Report of veterinary surgeon J.H. Steel, A.V.D., on his investigation into an obscure and fatal disease among transport mules in British Burma
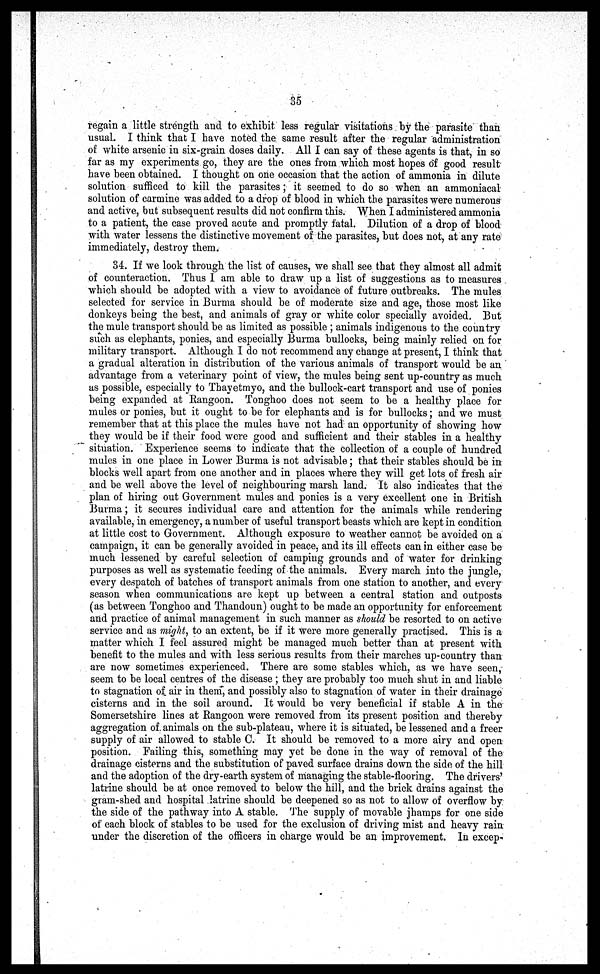
35
regain a little strength and to exhibit less regular visitations by the parasite than
usual. I think that I have noted the same result after the regular administration
of white arsenic in six-grain doses daily. All I can say of these agents is that, in so
far as my experiments go, they are the ones from which most hopes of good result
have been obtained. I thought on one occasion that the action of ammonia in dilute
solution sufficed to kill the parasites; it seemed to do so when an ammoniacal
solution of carmine was added to a drop of blood in which the parasites were numerous
and active, but subsequent results did not confirm this. When I administered ammonia
to a patient, the case proved acute and promptly fatal. Dilution of a drop of blood
with water lessens the distinctive movement of the parasites, but does not, at any rate
immediately, destroy them.
34. If we look through the list of causes, we shall see that they almost all admit
of counteraction. Thus I am able to draw up a list of suggestions as to measures
which should be adopted with a view to avoidance of future outbreaks. The mules
selected for service in Burma should be of moderate size and age, those most like
donkeys being the best, and animals of gray or white color specially avoided. But
the mule transport should be as limited as possible ; animals indigenous to the country
such as elephants, ponies, and especially Burma bullocks, being mainly relied on for
military transport. Although I do not recommend any change at present, I think that
a gradual alteration in distribution of the various animals of transport would be an
advantage from a veterinary point of view, the mules being sent up-country as much
as possible, especially to Thayetmyo, and the bullock-cart transport and use of ponies
being expanded at Rangoon. Tonghoo does not seem to be a healthy place for
mules or ponies, but it ought to be for elephants and is for bullocks; and we must
remember that at this place the mules have not had an opportunity of showing how
they would be if their food were good and sufficient and their stables in a healthy
situation. Experience seems to indicate that the collection of a couple of hundred
mules in one place in Lower Burma is not advisable; that their stables should be in
blocks well apart from one another and in places where they will get lots of fresh air
and be well above the level of neighbouring marsh land. It also indicates that the
plan of hiring out Government mules and ponies is a very excellent one in British
Burma; it secures individual care and attention for the animals while rendering
available, in emergency, a number of useful transport beasts which are kept in condition
at little cost to Government. Although exposure to weather cannot be avoided on a
campaign, it can be generally avoided in peace, and its ill effects can in either case be
much lessened by careful selection of camping grounds and of water for drinking
purposes as well as systematic feeding of the animals. Every march into the jungle,
every despatch of batches of transport animals from one station to another, and every
season when communications are kept up between a central station and outposts
(as between Tonghoo and Thandoun) ought to be made an opportunity for enforcement
and practice of animal management in such manner as should be resorted to on active
service and as might, to an extent, be if it were more generally practised. This is a
matter which I feel assured might be managed much better than at present with
benefit to the mules and with less serious results from their marches up-country than
are now sometimes experienced. There are some stables which, as we have seen,
seem to be local centres of the disease ; they are probably too much shut in and liable
to stagnation of air in them, and possibly also to stagnation of water in their drainage
cisterns and in the soil around. It would be very beneficial if stable A in the
Somersetshire lines at Rangoon were removed from its present position and thereby
aggregation of. animals on the sub-plateau, where it is situated, be lessened and a freer
supply of air allowed to stable C. It should be removed to a more airy and open
position. Failing this, something may yet be done in the way of removal of the
drainage cisterns and the substitution of paved surface drains down the side of the hill
and the adoption of the dry-earth system of managing the stable-flooring. The drivers'
latrine should be at once removed to below the hill, and the brick drains against the
gram-shed and hospital latrine should be deepened so as not to allow of overflow by
the side of the pathway into A stable. The supply of movable jhamps for one side
of each block of stables to be used for the exclusion of driving mist and heavy rain
under the discretion of the officers in charge would be an improvement. In excep-